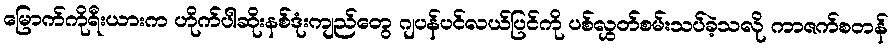
မြောက်ကိုရီးယားက ဟိုက်ပါဆိုးနစ်ဒုံးကျည်တွေ ဂျပန်ပင်လယ်ပြင်ကို ပစ်လွှတ်စမ်းသပ်ခဲ့သလို ကာဇက်စတန်